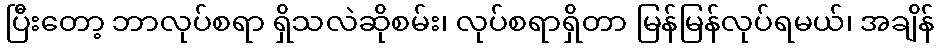
ပြီးတော့ ဘာလုပ်စရာ ရှိသလဲဆိုစမ်း၊ လုပ်စရာရှိတာ မြန်မြန်လုပ်ရမယ်၊ အချိန်